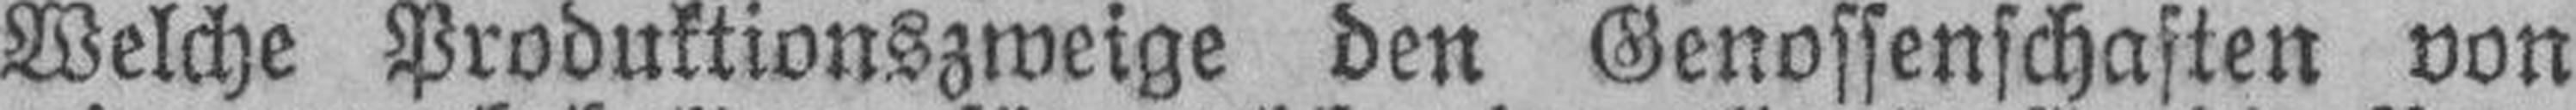
Welche Produktionszweige den Genossenschaften von